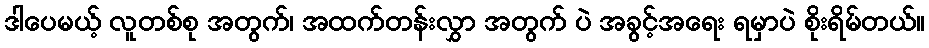
ဒါပေမယ့် လူတစ်စု အတွက်၊ အထက်တန်းလွှာ အတွက် ပဲ အခွင့်အရေး ရမှာပဲ စိုးရိမ်တယ်။